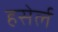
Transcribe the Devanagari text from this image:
हसेर्ल